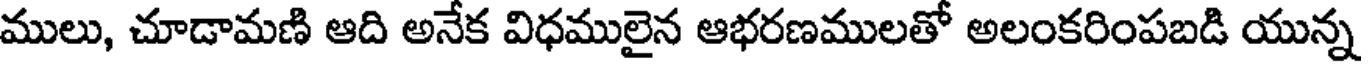
ములు, చూడామణి ఆది అనేక విధములైన ఆభరణములతో అలంకరింపబడి యున్న